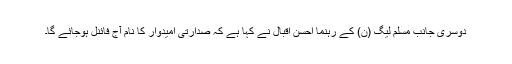
دوسری جانب مسلم لیگ (ن) کے رہنما احسن اقبال نے کہا ہے کہ صدارتی امیدوار کا نام آج فائنل ہوجائے گا۔